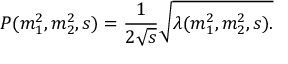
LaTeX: P ( m _ { 1 } ^ { 2 } , m _ { 2 } ^ { 2 } , s ) = \frac { 1 } { 2 \sqrt { s } } \sqrt { \lambda ( m _ { 1 } ^ { 2 } , m _ { 2 } ^ { 2 } , s ) . }